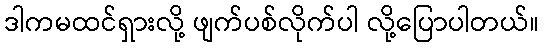
ဒါကမထင်ရှားလို့ ဖျက်ပစ်လိုက်ပါ လို့ပြောပါတယ်။